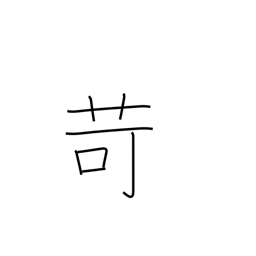
Meaning: chastise